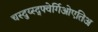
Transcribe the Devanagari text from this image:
चस्दुय्स्द्फ्वेर्गिओएतिअ